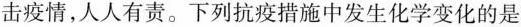
击疫情，人人有责。下列抗疫措施中发生化学变化的是()